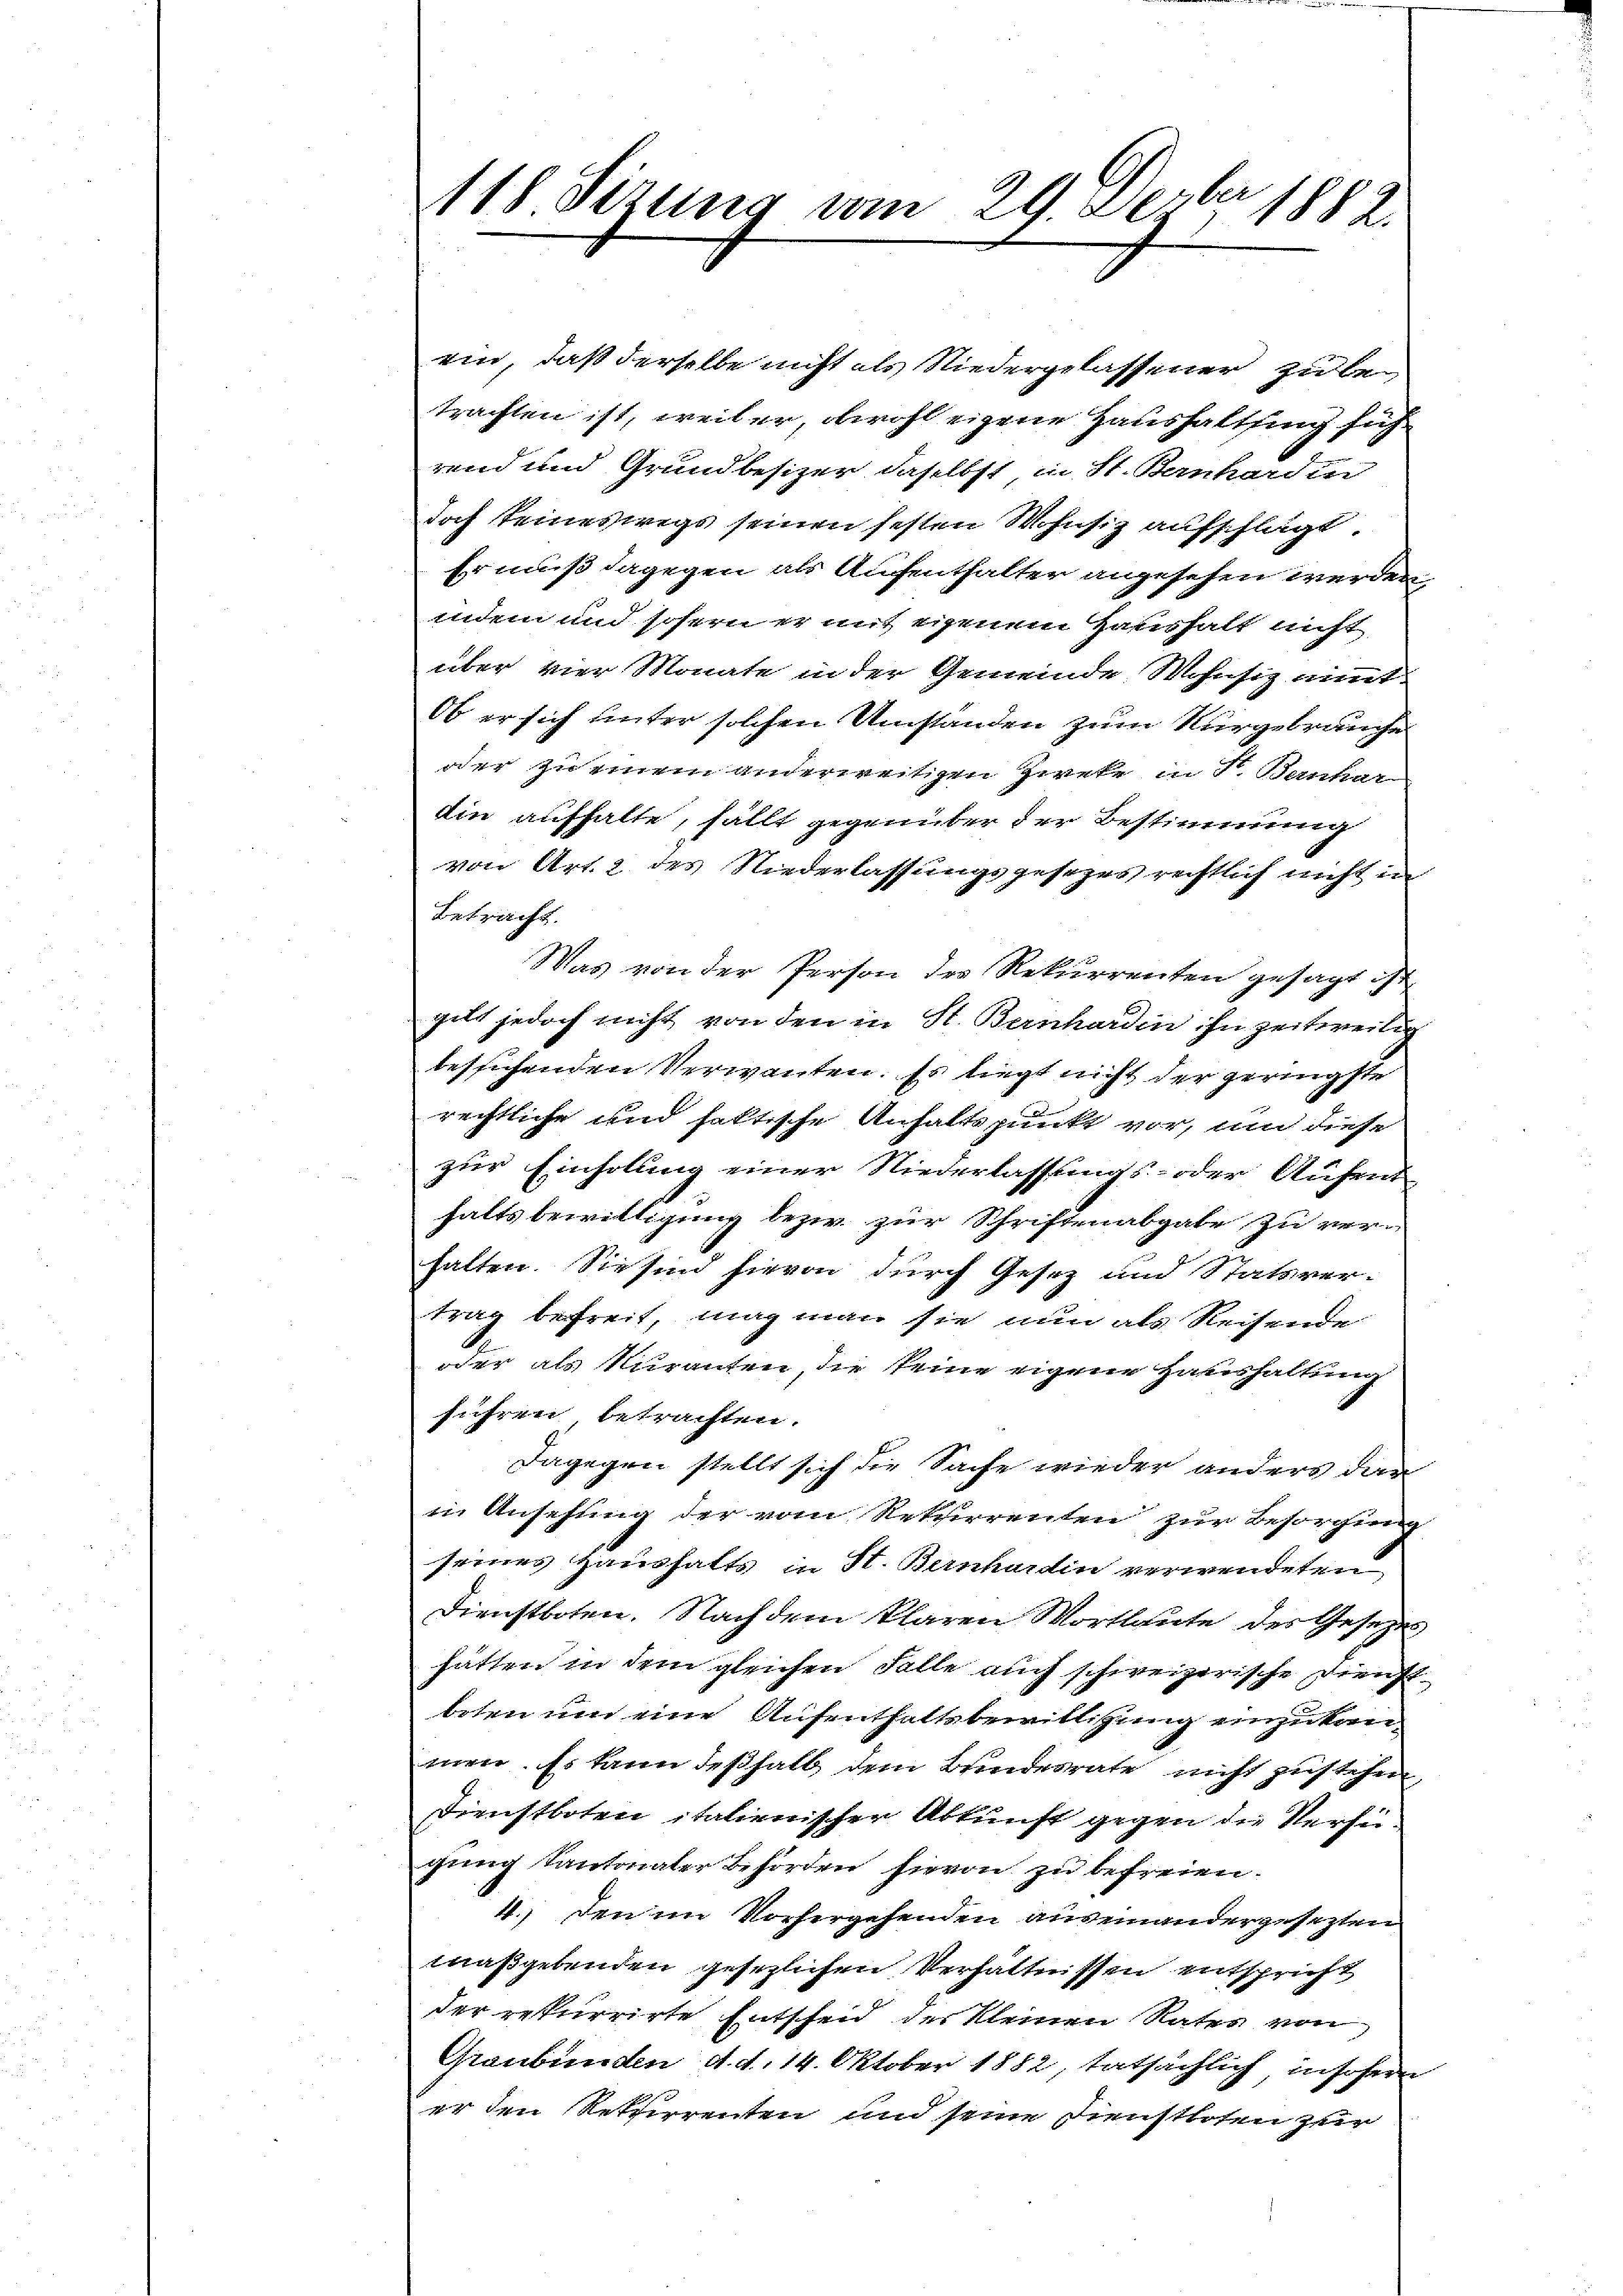
h
118. Sizung vom 29. Derber 1882.

ein, daß derselbe nicht als Niedergelassener zu be-
trachten ist, weil er, obwohl eigene Haushaltung sich
rend und Grundbesizer, daselbst in St. Bernhardin
doch seineswegs seinen festen Wohnsiz aufschlägt.
Er muß dagegen als Aufenthalter angesehen werden
indem und sofern er mit eigenem Haushalt nicht
über vier Monate in der Gemeinde Wohnsiz nit
Ob er sich unter solchen Umständen zum Nurgebräuche
oder zu einem anderweitigen Zweke in F. Banhar
die aufhalte, fällt gegenüber der Bestimmung
von Art. 2 des Niederlassungsgesezes rechtlich nicht in
Betracht.
Was von der Person der Rekurrenten gesagt ist
gilt jedoch nicht von den in St. Bernhardin ihn zeitweilig
besuchenden Verwanten. Es liegt nicht der geringste
rechtliche und faktische Anhaltspunkt vor, und diese
zur Einholung einer Niederlassungs- oder Aufent
halts bewilligung bezw. zur Schriftenabgabe, zu ver-
halten. Sie sind hievon durch Gesez und Statsver-
trag befreit, mag man sie nun als Reisende
oder als Kuranten, die keine eigene Haushaltung
führen betrachten.
Dagegen stellt sich die Sache wieder anders dann
in Ansehung der vom Rekurrenten zur Besorgung
seines Haushalts in St. Bernhardin verwendeten
Dienstboten. Nach dem klaren Wortlaute des Gesezes
hatten in dem gleichen Falle auch schweizerische Dienst
beten um eine Aufenthaltsbewilligung einzukan-
men. Es kann deßhalb dem Bundesrate nicht zustehen
Dienstboten italienischer Abkunft gegen die Versie
gung kantonaler Beförden hievon zu befreien.
4., den im Vorhergehenden auseinandergesezten
maßgebenden gesezlichen Verhältnissen entspricht
der rekurrirte Entscheid der Kleinen Rates von
Graubünden d. d. 14. Oktober 1882, tatsächlich insofern
er den Retzerrenten und seine Dienstboten zur